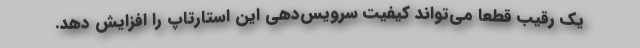
یک رقیب قطعا می‌تواند کیفیت سرویس‌دهی این استارتاپ را افزایش دهد.